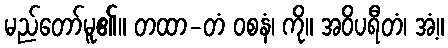
မည်တော်မူ၏။ တထာ-တံ ဝစနံ၊ ကို။ အဝိပရီတံ၊ အံ့။